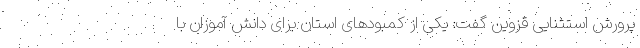
پرورش استثنایی قزوین گفت: یکی از کمبودهای استان برای دانش آموزان با